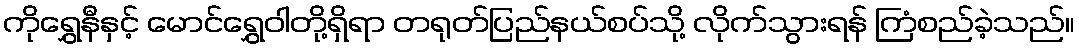
ကိုရွှေနီနှင့် မောင်ရွှေဝါတို့ရှိရာ တရုတ်ပြည်နယ်စပ်သို့ လိုက်သွားရန် ကြံစည်ခဲ့သည်။